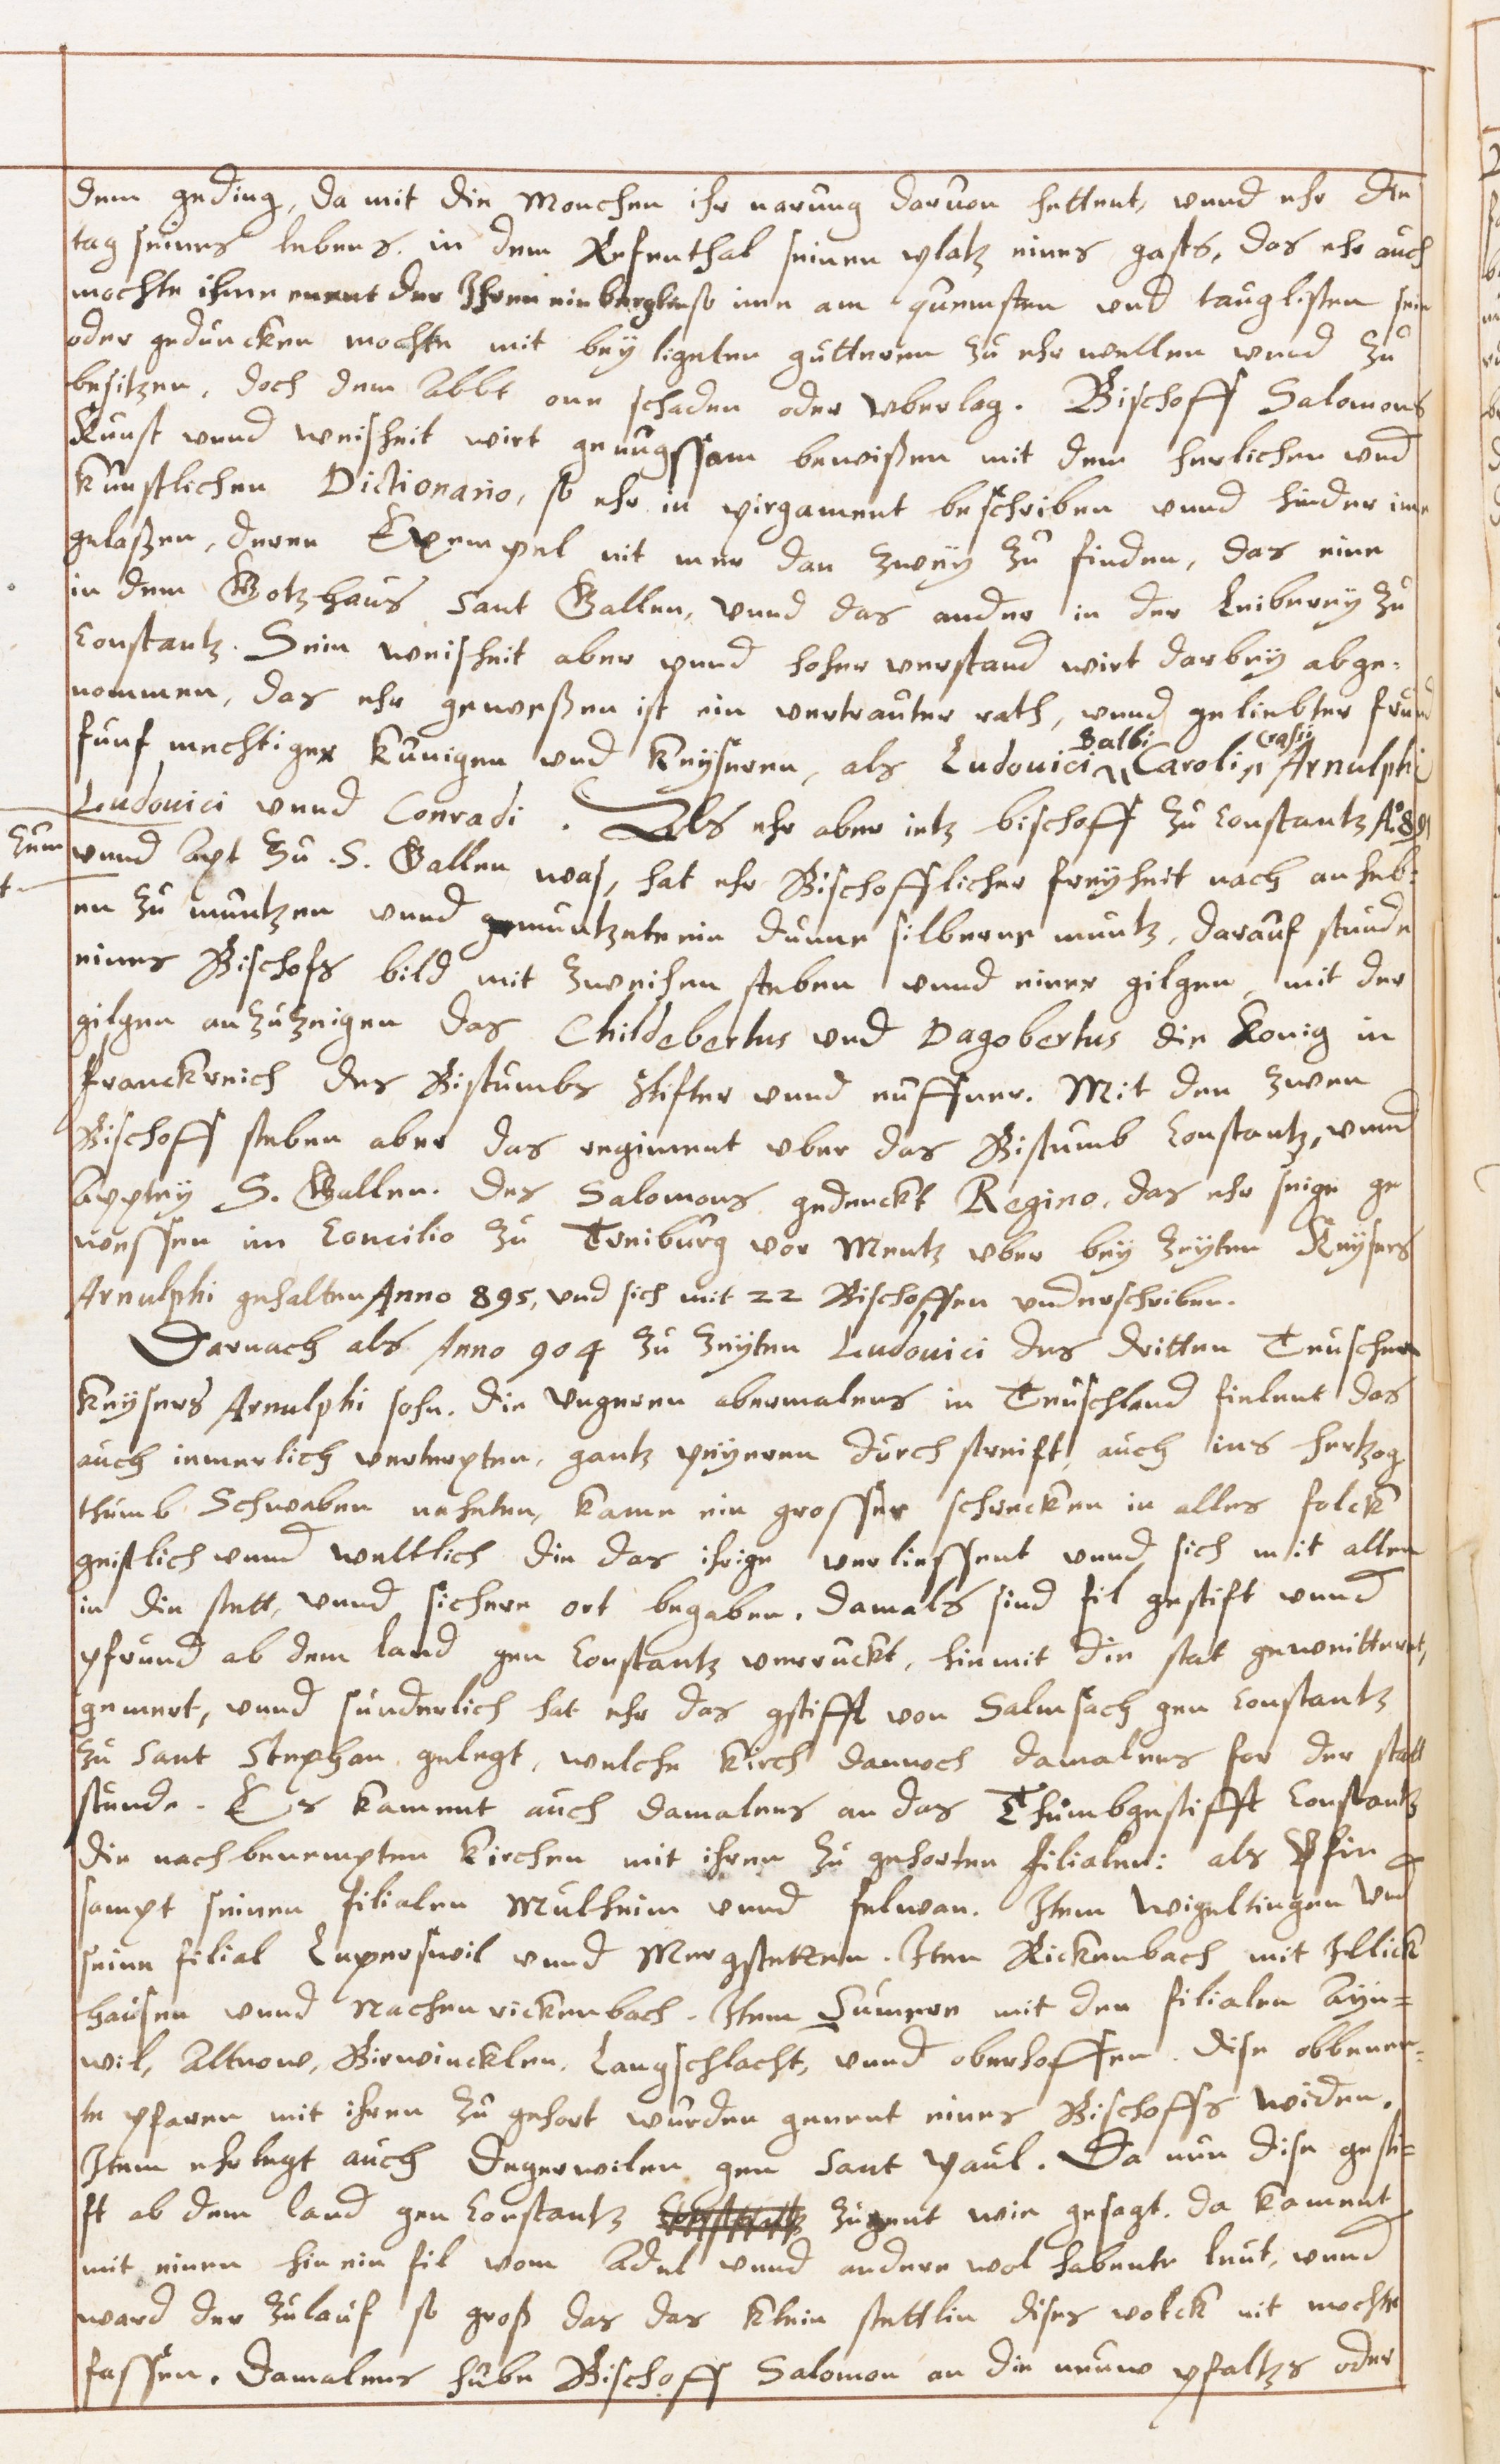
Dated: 1629–1659